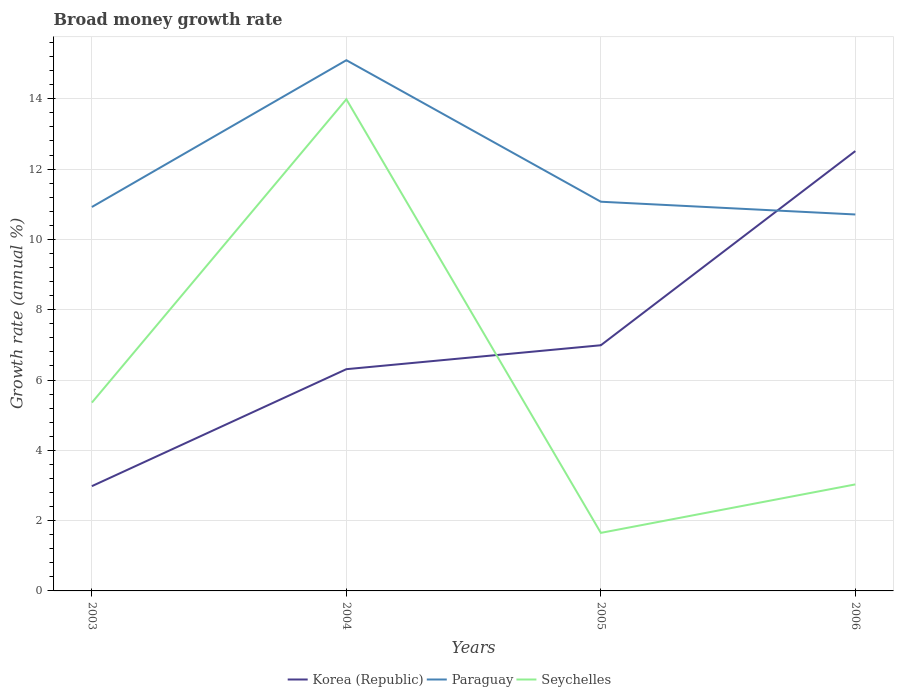
| Years | Korea (Republic) | Paraguay | Seychelles |
 | --- | --- | --- | --- |
 | 2003 | 2.98 | 10.9 | 5.36 |
 | 2004 | 6.31 | 15.1 | 14 |
 | 2005 | 6.99 | 11.1 | 1.65 |
 | 2006 | 12.5 | 10.7 | 3.03 |